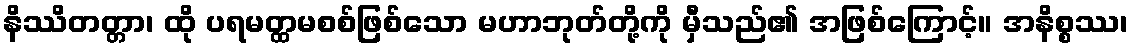
နိဿိတတ္တာ၊ ထို ပရမတ္ထမစစ်ဖြစ်သော မဟာဘုတ်တို့ကို မှီသည်၏ အဖြစ်ကြောင့်။ အနိစ္စဿ၊